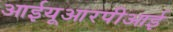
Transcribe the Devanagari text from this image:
आईयूआरपीआई